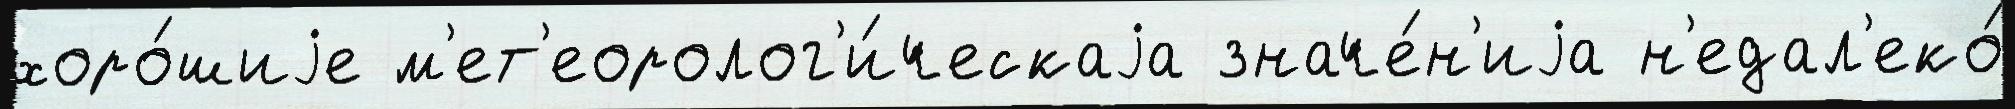
хоро́шиjе м'ет'еоролог'и́ческаjа значе́н'иjа н'едал'еко́